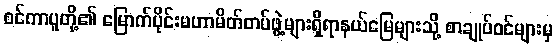
စင်ကာပူတို့၏ မြောက်ပိုင်းမဟာမိတ်တပ်ဖွဲ့များရှိရာနယ်မြေများသို့ စာချုပ်ဝင်များမှ